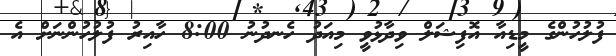
ފުލުހުންގެ މީޑިއާ އޮފިޝަލް ވިދާޅުވީ މިއަދު ހެނދުނު 8:00 ހާއިރު ފުލުހުންނަށް އެ